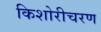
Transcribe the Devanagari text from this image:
किशोरीचरण